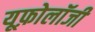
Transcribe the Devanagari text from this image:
यूफ़ोलॉजी